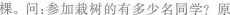
棵。问：参加栽树的有多少名同学? 原